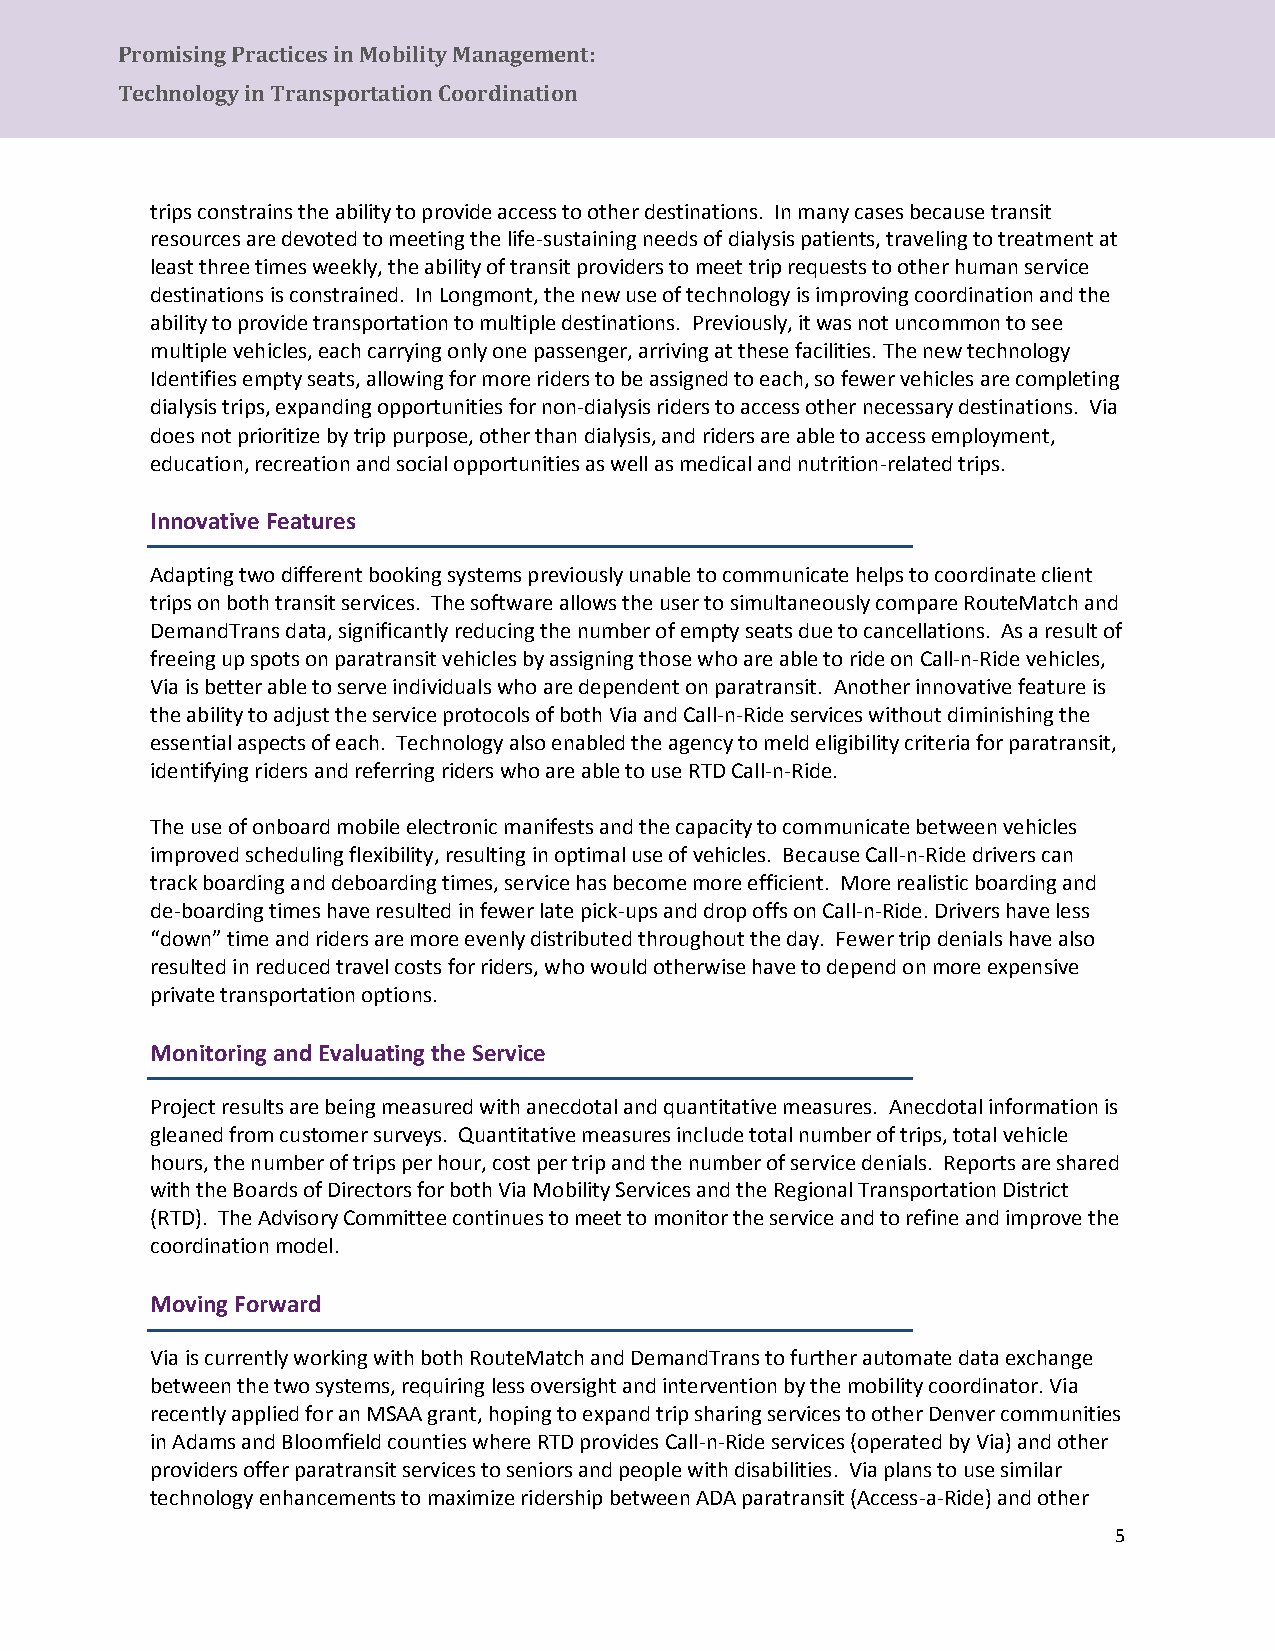
Promising Practices in Mobility Management:
 Tec hnology in Transportation Coordination
 trips constrains the ability to provide access to other destinations. In many cases because transit
 resources are devoted to meeting the life-sustaining needs of dialysis patients, traveling to treatment at
 least three times weekly, the ability of transit providers to meet trip requests to other human service
 destinations is constrained. In Longmont, the new use of technology is improving coordination and the
 ability to provide transportation to multiple destinations. Previously, it was not uncommon to see
 multiple vehicles, each carrying only one passenger, arriving at these facilities. The new technology
 Identifies empty seats, allowing for more riders to be assigned to each, so fewer vehicles are completing
 dialysis trips, expanding opportunities for non-dialysis riders to access other necessary destinations. Via
 does not prioritize by trip purpose, other than dialysis, and riders are able to access employment,
 education, recreation and social opportunities as well as medical and nutrition-related trips.
 Innovative Features
 Adapting two different booking systems previously unable to communicate helps to coordinate client
 trips on both transit services. The software allows the user to simultaneously compare RouteMatch and
 DemandTrans data, significantly reducing the number of empty seats due to cancellations. As a result of
 freeing up spots on paratransit vehicles by assigning those who are able to ride on Call-n-Ride vehicles,
 Via is better able to serve individuals who are dependent on paratransit. Another innovative feature is
 the ability to adjust the service protocols of both Via and Call-n-Ride services without diminishing the
 essential aspects of each. Technology also enabled the agency to meld eligibility criteria for paratransit,
 identifying riders and referring riders who are able to use RTD Call-n-Ride.
 The use of onboard mobile electronic manifests and the capacity to communicate between vehicles
 improved scheduling flexibility, resulting in optimal use of vehicles. Because Call-n-Ride drivers can
 track boarding and deboarding times, service has become more efficient. More realistic boarding and
 de-boarding times have resulted in fewer late pick-ups and drop offs on Call-n-Ride. Drivers have less
 “down” time and riders are more evenly distributed throughout the day. Fewer trip denials have also
 resulted in reduced travel costs for riders, who would otherwise have to depend on more expensive
 private transportation options.
 Monitoring and Evaluating the Service
 Project results are being measured with anecdotal and quantitative measures. Anecdotal information is
 gleaned from customer surveys. Quantitative measures include total number of trips, total vehicle
 hours, the number of trips per hour, cost per trip and the number of service denials. Reports are shared
 with the Boards of Directors for both Via Mobility Services and the Regional Transportation District
 (RTD). The Advisory Committee continues to meet to monitor the service and to refine and improve the
 coordination model.
 Moving Forward
 Via is currently working with both RouteMatch and DemandTrans to further automate data exchange
 between the two systems, requiring less oversight and intervention by the mobility coordinator. Via
 recently applied for an MSAA grant, hoping to expand trip sharing services to other Denver communities
 in Adams and Bloomfield counties where RTD provides Call-n-Ride services (operated by Via) and other
 providers offer paratransit services to seniors and people with disabilities. Via plans to use similar
 technology enhancements to maximize ridership between ADA paratransit (Access-a-Ride) and other
 5